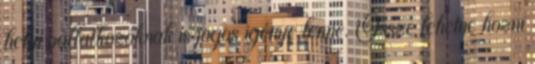
helyi vállalkozóknak is jogos igénye lenne. Össze lehetne hozni